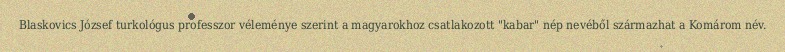
Blaskovics József turkológus professzor véleménye szerint a magyarokhoz csatlakozott "kabar" nép nevéből származhat a Komárom név.